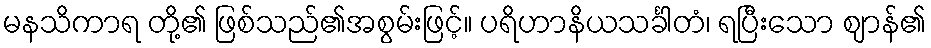
မနသိကာရ တို့၏ ဖြစ်သည်၏အစွမ်းဖြင့်။ ပရိဟာနိယသင်္ခါတံ၊ ရပြီးသော ဈာန်၏